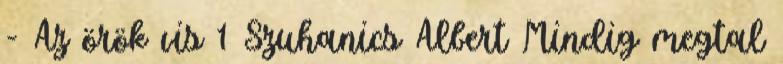
- Az örök vis 1 Szuhanics Albert Mindig megtal